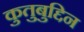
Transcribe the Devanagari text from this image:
कुतुबुद्दिन